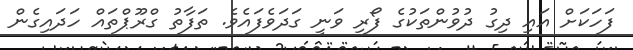
ފަހަކަށް އައި ދިގު ދުވުންތަކުގެ ފޯރި ވަނީ ގަދަވެފައެވެ. ތަފާތު ގްރޫޕްތައް ހަދައިގެން